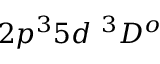
{ 2 p ^ { 3 } 5 d ~ ^ { 3 } D ^ { o } }